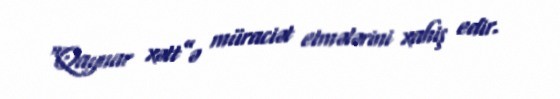
“Qaynar xətt”ə müraciət etmələrini xahiş edir.